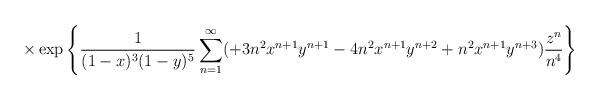
LaTeX: \begin{align*} \times \exp\left\{ \frac{1}{(1-x)^3(1-y)^5} \sum_{n=1}^{\infty} (+3n^2x^{n+1}y^{n+1}-4n^2x^{n+1}y^{n+2}+n^2x^{n+1}y^{n+3}) \frac{z^n}{n^4} \right\}\end{align*}